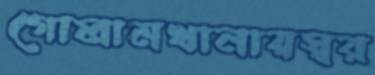
গোলামখানায়স্বর